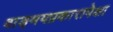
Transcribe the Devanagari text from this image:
वाङ्‌मयप्रकारापेक्षा